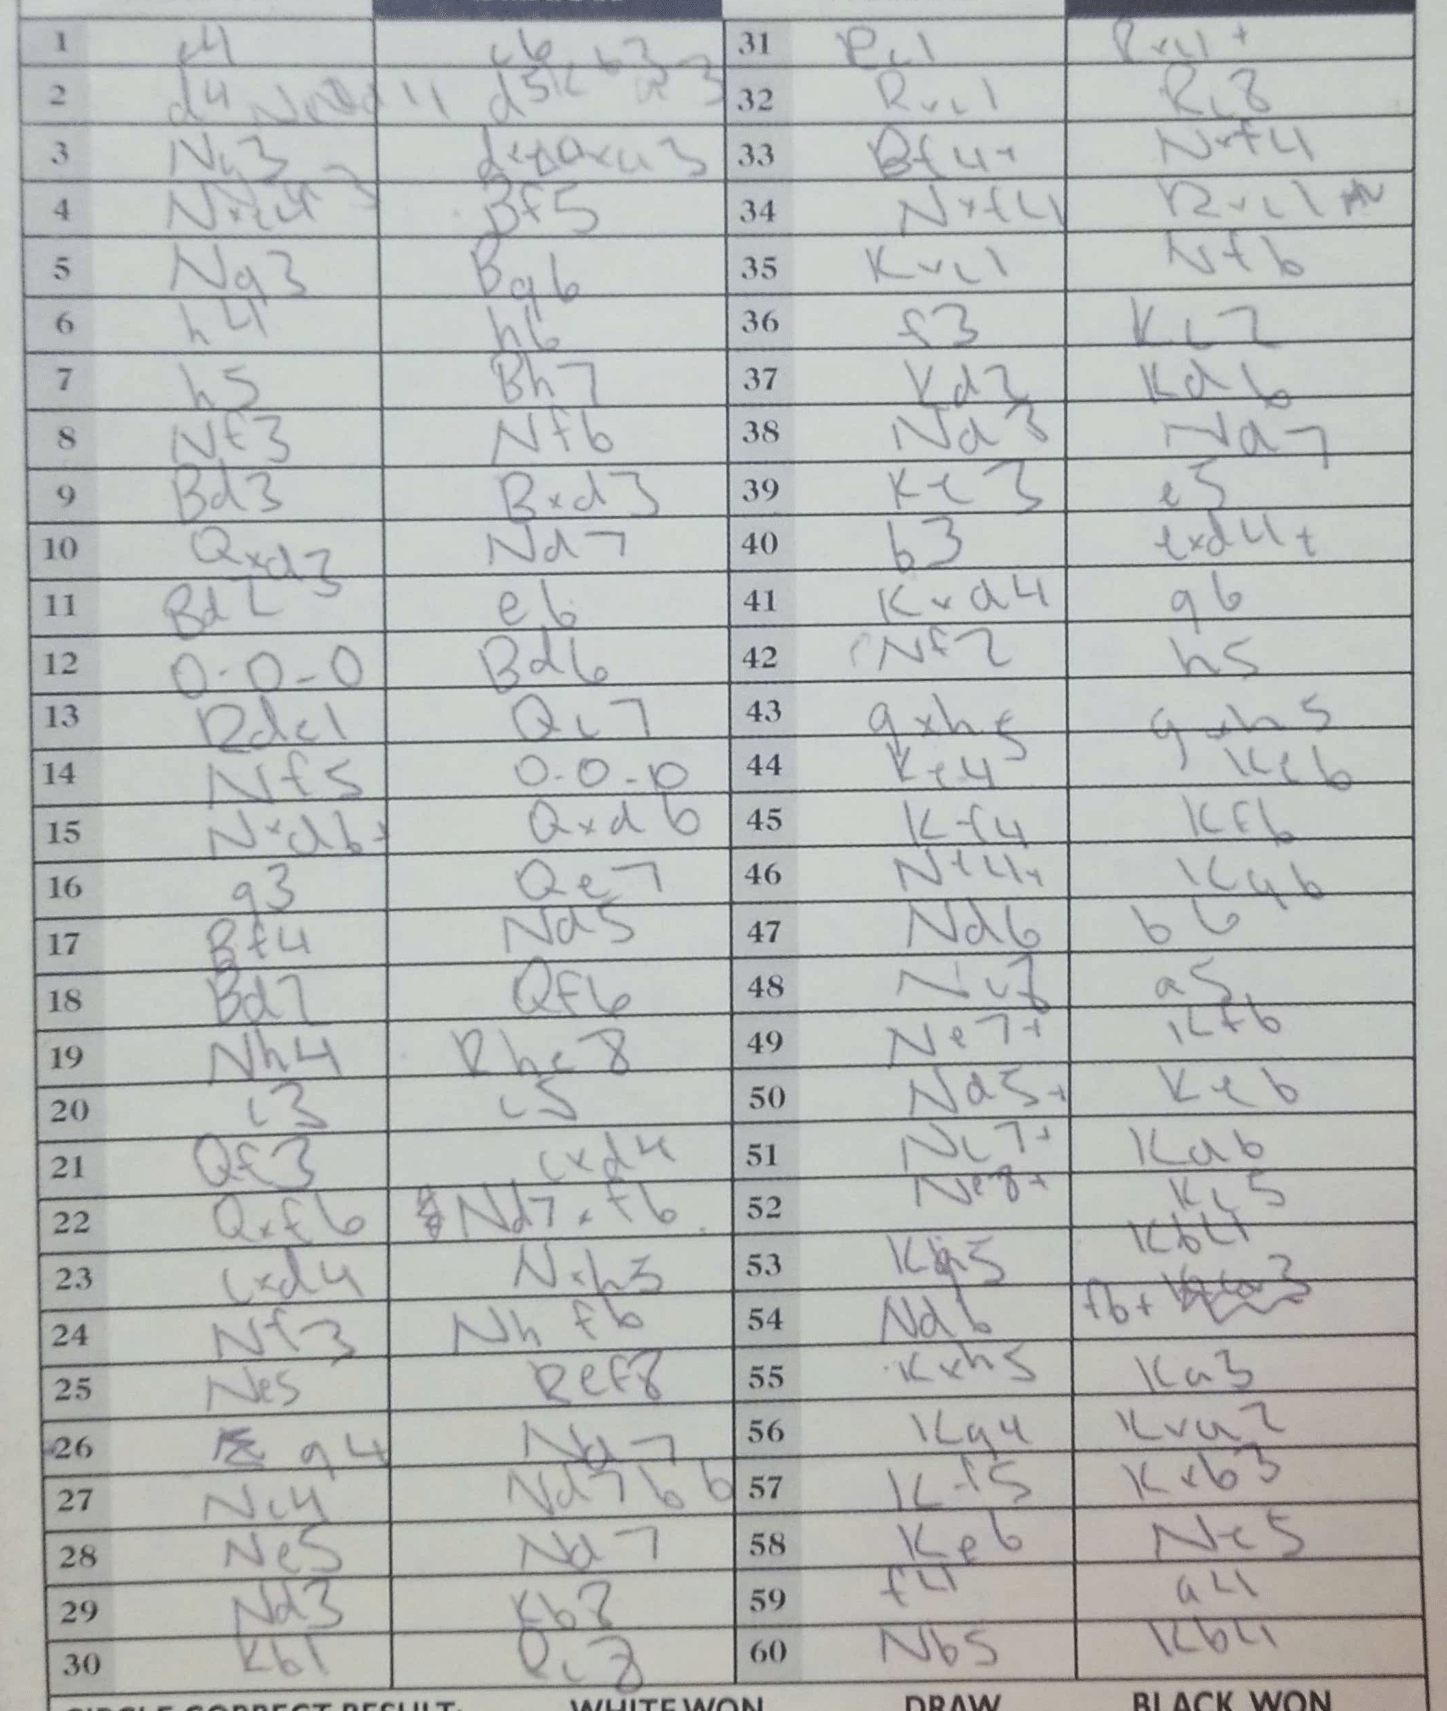
Moves: e4 c6 d4 d5 Nc3 dxe4 Nxe4 Bf5 Ng3 Bg6 h4 h6 h5 Bh7 Nf3 Nf6 Bd3 Bxd3 Qxd3 Nd7 Bd2 e6 O-O-O Bd6 Rde1 Qc7 Nf5 O-O-O Nxd6+ Qxd6 g3 Qe7 Bf4 Nd5 Bd2 Qf6 Nh4 Rhe8 c3 c5 Qf3 cxd4 Qxf6 Nd7xf6 cxd4 Nxh3 Nf3 Nhf6 Ne5 Ref8 g4 Nd7 Nc4 Nd7b6 Ne5 Nd7 Nd3 Kb8 Kb1 Rc8 Rc1 Rxc1+ Rxc1 Rc8 Bf4+ Nxf4 Nxf4 Rxc1+ Kxc1 Nf6 f3 Kc2 Kd2 Kd6 Nd3 Nd7 Ke3 e5 b3 exd4+ Kxd4 g6 Nf2 h5 gxh5 gxh5 Ke4 Ke6 Kf4 Kf6 Ne4+ Kg6 Nd6 b6 Nc8 a5 Ne7+ Kf6 Nd5+ Ke6 Nc7+ Kd6 Ne8+ Kc5 Ka5 Kb4 Nd6 f6+ Kxh5 Ka3 Kg4 Kxa2 Kf5 Kxb3 Ke6 Ne5 f4 a4 Nb5 Kb4